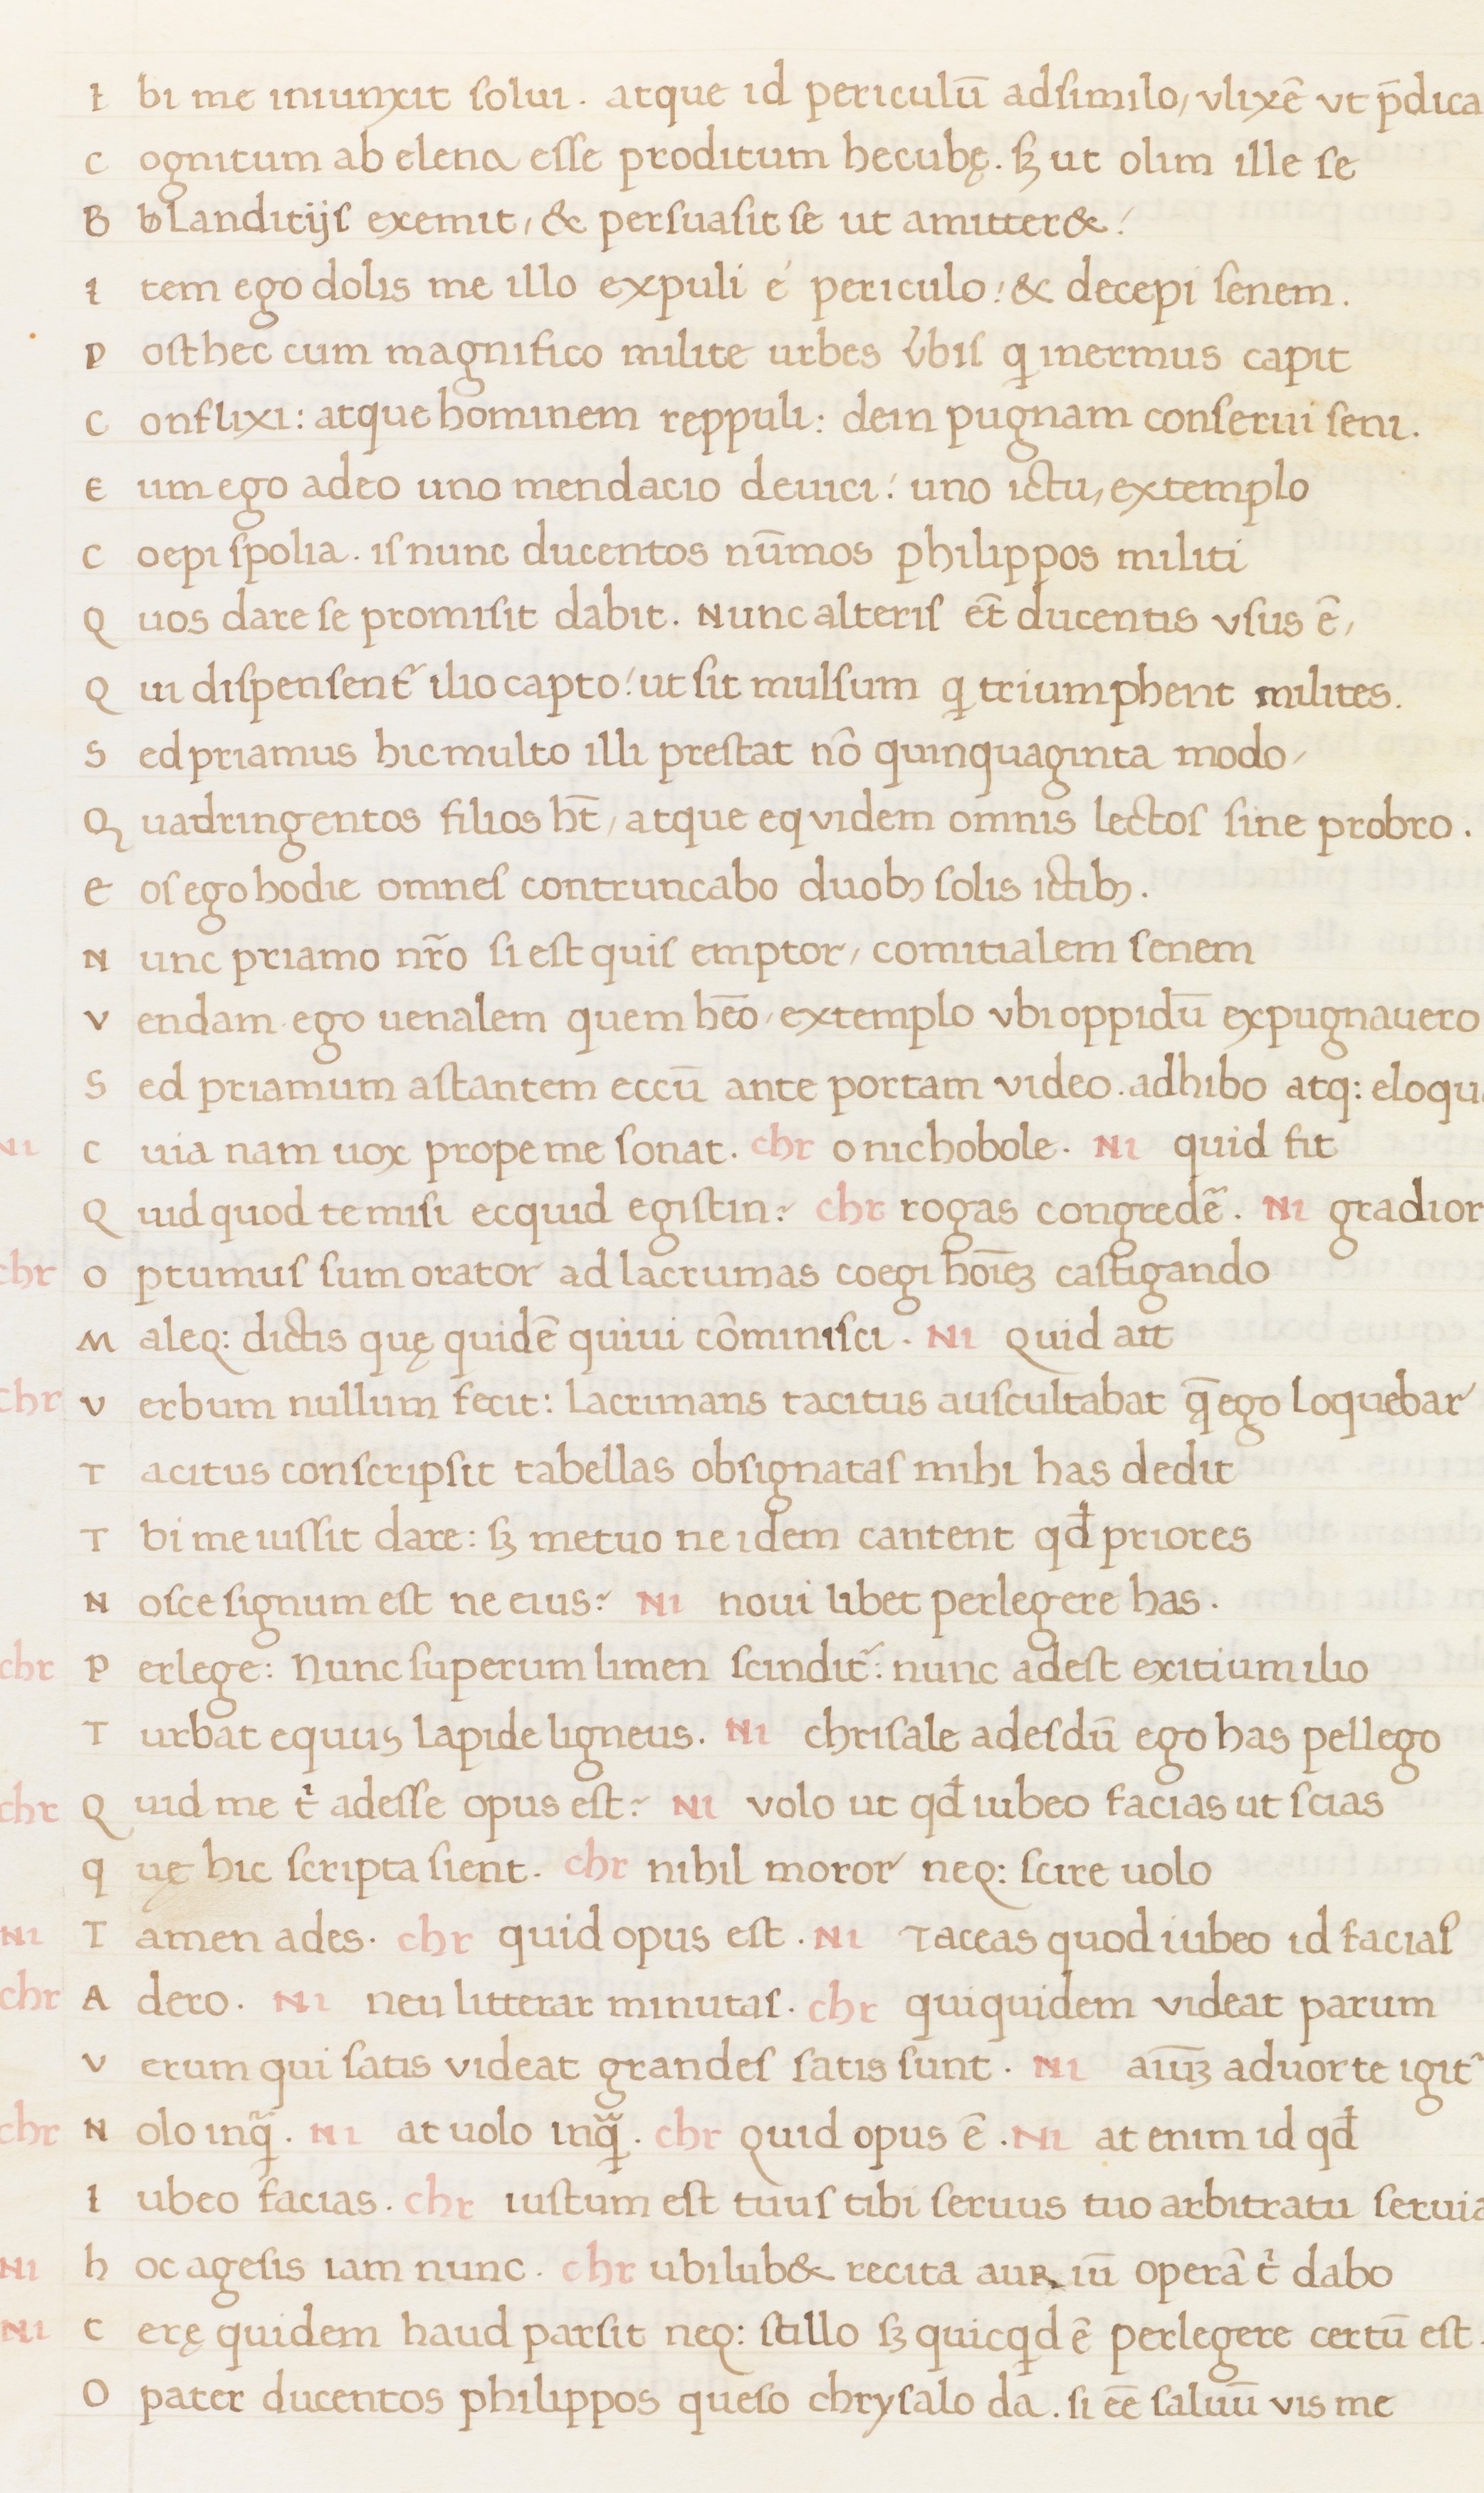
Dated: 1400–1499